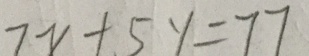
7 x + 5 y = 7 7